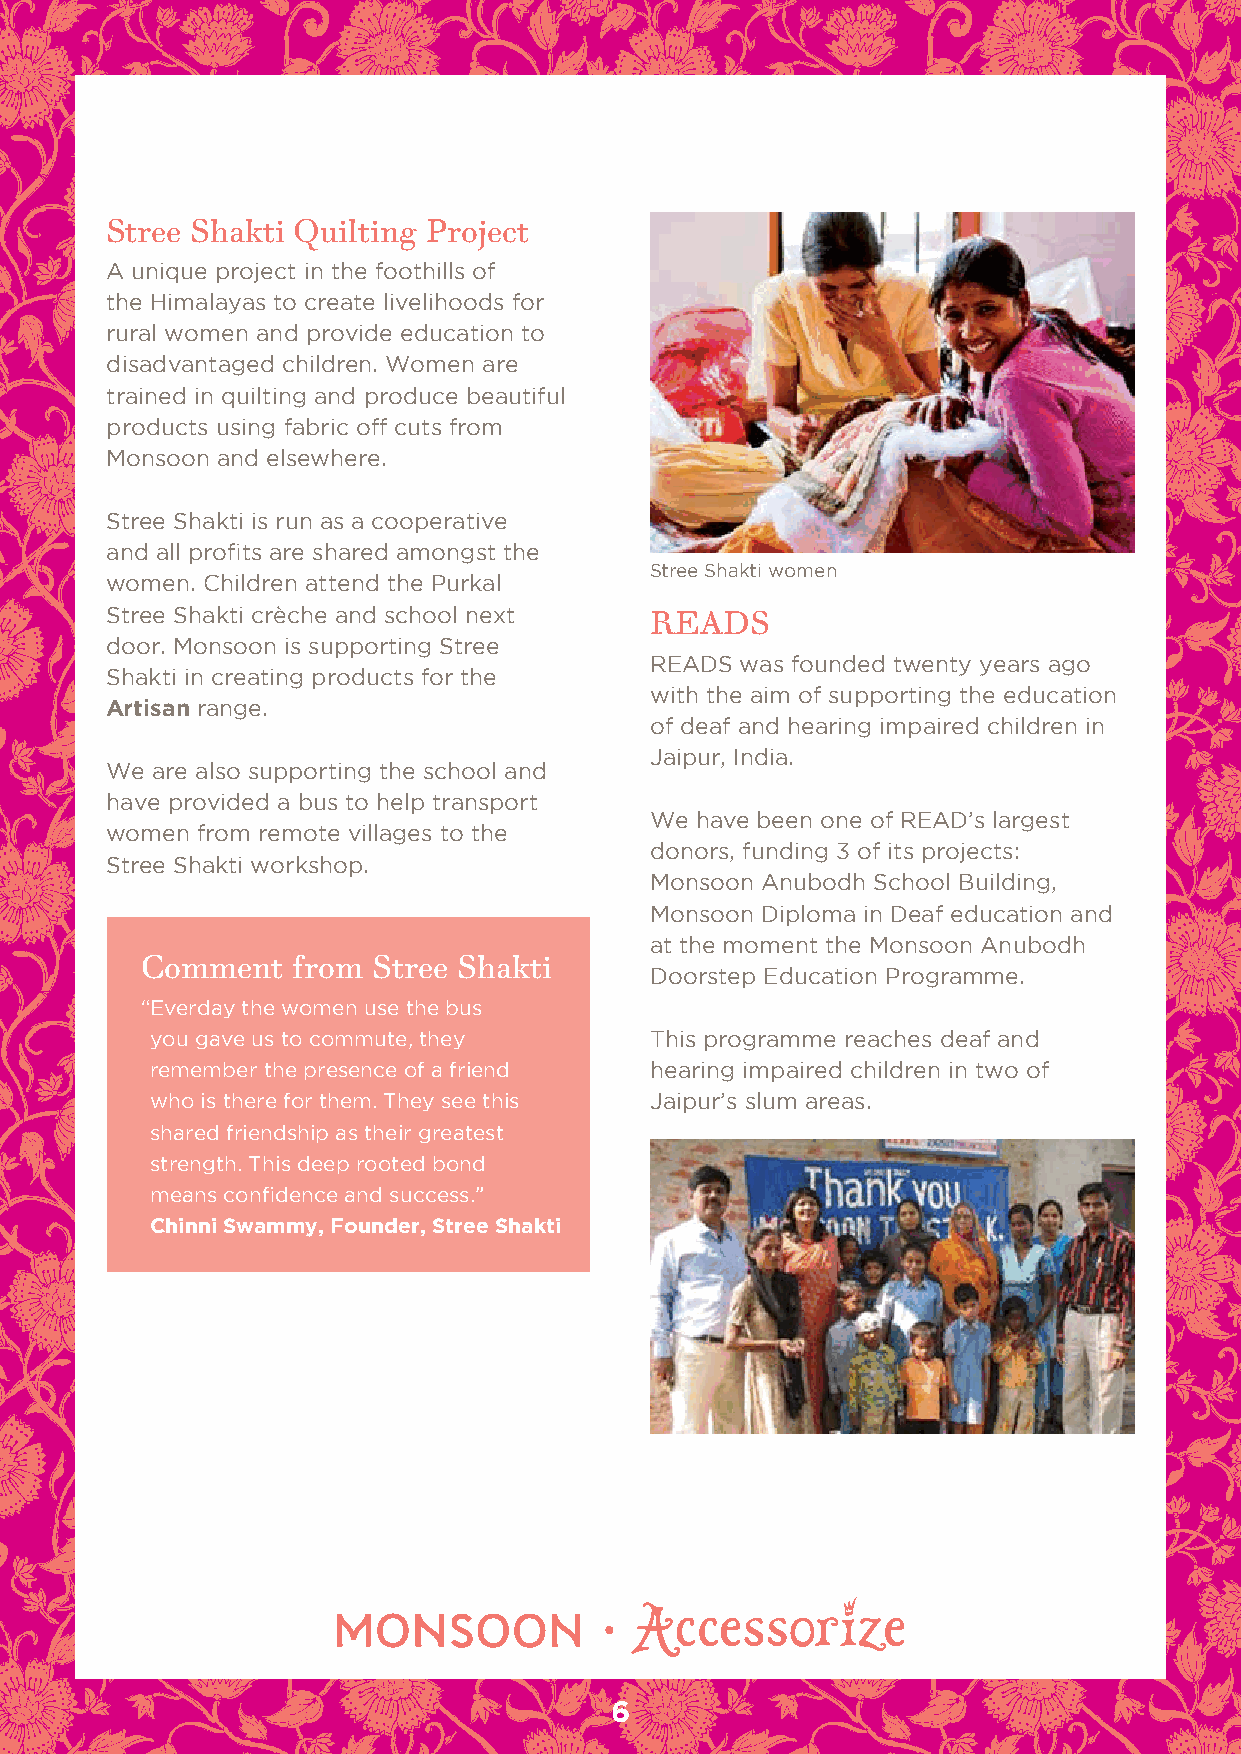
Stree Shakti Quilting Project
 A unique project in the foothills of
 the Himalayas to create livelihoods for
 rural women and provide education to
 disadvantaged children. Women are
 trained in quilting and produce beautiful
 products using fabric off cuts from
 Monsoon and elsewhere.
 Stree Shakti is run as a cooperative
 and all profits are shared amongst the
 Stree Shakti women
 women. Children attend the Purkal
 Stree Shakti crèche and school next
 READS
 door. Monsoon is supporting Stree
 rEAdS was founded twenty years ago
 Shakti in creating products for the
 with the aim of supporting the education
 Artisan range.
 of deaf and hearing impaired children in
 Jaipur, India.
 We are also supporting the school and
 have provided a bus to help transport
 We have been one of rEAd’s largest
 women from remote villages to the
 donors, funding 3 of its projects:
 Stree Shakti workshop.
 Monsoon Anubodh School Building,
 Monsoon diploma in deaf education and
 at the moment the Monsoon Anubodh
 Comment   from  Stree Shakti
 doorstep Education Programme.
 “ Everday the women use the bus
 you gave us to commute, they     This programme reaches deaf and
 remember the presence of a friend hearing impaired children in two of
 who is there for them. They see this Jaipur’s slum areas.
 shared friendship as their greatest
 strength. This deep rooted bond
 means confidence and success.”
 Chinni Swammy, Founder, Stree Shakti
 6